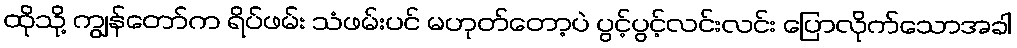
ထိုသို့ ကျွန်တော်က ရိပ်ဖမ်း သံဖမ်းပင် မဟုတ်တော့ပဲ ပွင့်ပွင့်လင်းလင်း ပြောလိုက်သောအခါ